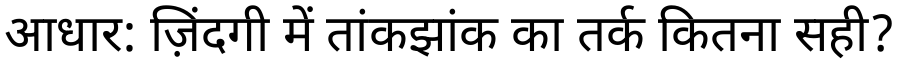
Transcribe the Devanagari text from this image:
आधार: ज़िंदगी में तांकझांक का तर्क कितना सही?